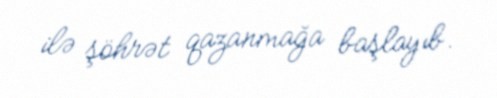
ilə şöhrət qazanmağa başlayıb.